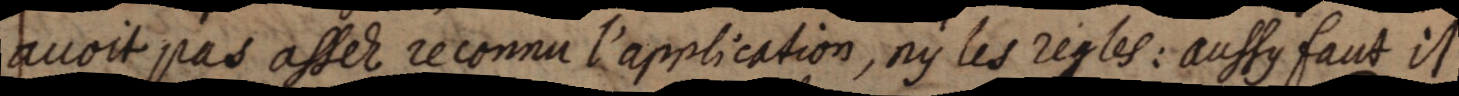
avoit pas assez reconnu l’application, ny les regles: aussy faut il